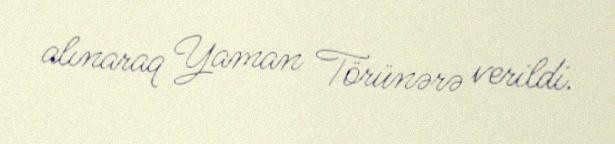
alınaraq Yaman Törünərə verildi.